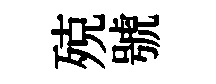
殑號